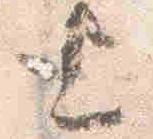
上